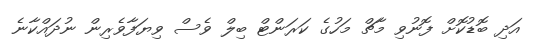
އަދި ބޮޑުކޮށް ފޮނުވި މާޗް މަހުގެ ކަރަންޓް ބިލް ވެސް ވިޔަފާވެރިން ނުދައްކާނެ